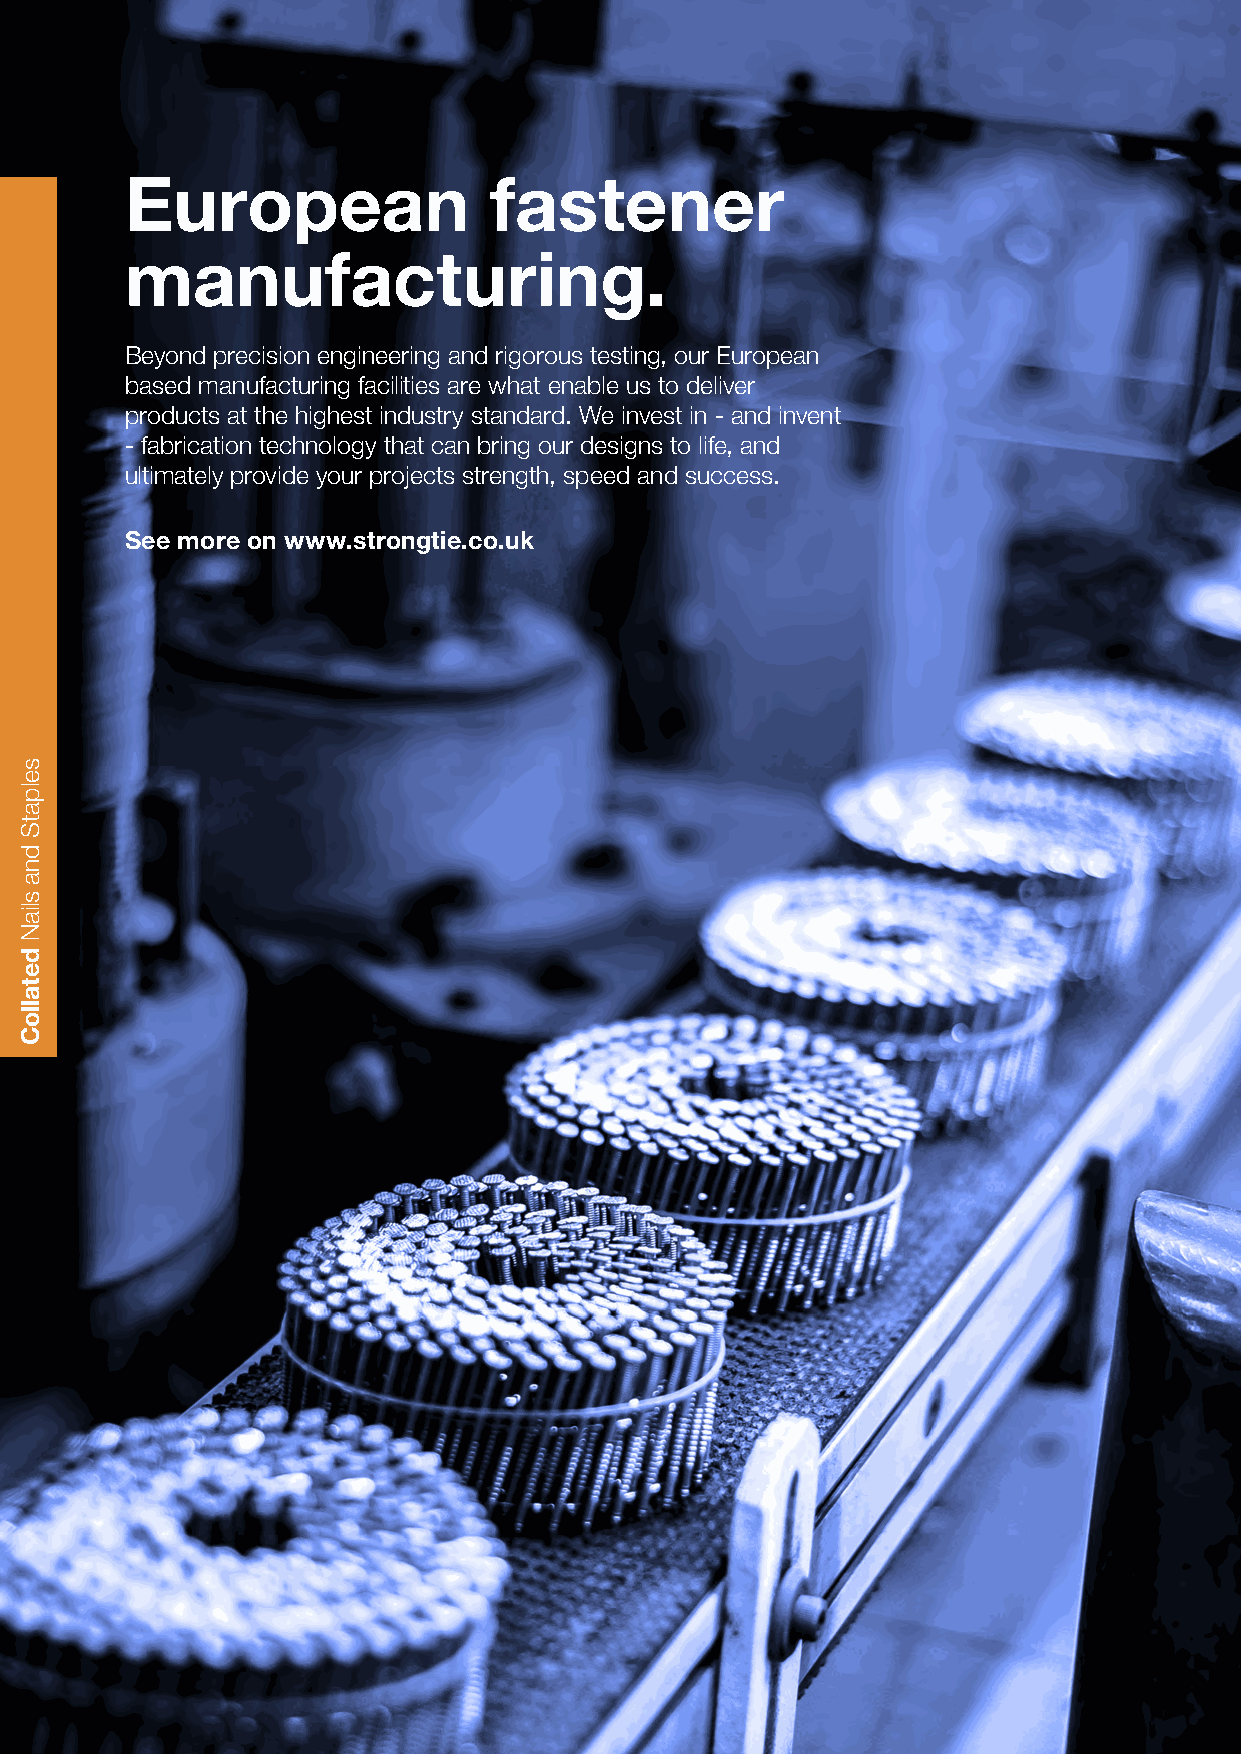
European                fastener
 manufacturing.
 Beyond precision engineering and rigorous testing, our European
 based manufacturing facilities are what enable us to deliver
 products at the highest industry standard. We invest in - and invent
 - fabrication technology that can bring our designs to life, and
 ultimately provide your projects strength, speed and success.
 See more on www.strongtie.co.uk
 selpatS
 dna
 sliaN
 detalloC